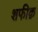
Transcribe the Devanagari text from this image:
शफीक़